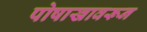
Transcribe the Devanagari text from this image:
पोषाखावरून